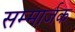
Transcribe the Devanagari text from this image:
सम्मार्जक